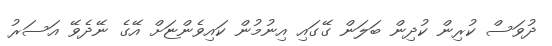
ދުވަސް ކުރިން ކުދިން ބަލަން ގޭގައި އިނުމުން ކައިވެންޏަށް އޭގެ ނޭދެވޭ އަސަރު